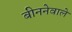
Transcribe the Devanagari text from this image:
बीननेवाले